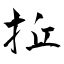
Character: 拞